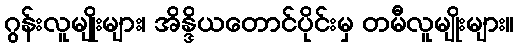
ဂွန်းလူမျိုးများ၊ အိန္ဒိယတောင်ပိုင်းမှ တမီလူမျိုးများ။